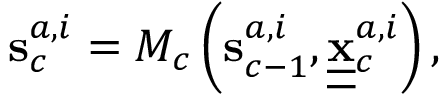
{ \mathbf { s } } _ { c } ^ { a , i } = { \cal { M } } _ { c } \left( { \bf s } _ { c - 1 } ^ { a , i } , \underline { { \underline { { \bf x } } } } { } _ { c } ^ { a , i } \right) ,